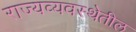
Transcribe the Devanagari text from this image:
राज्यव्यवस्थेतील